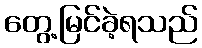
တွေ့မြင်ခဲ့ရသည်